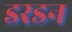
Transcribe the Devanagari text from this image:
डरडन